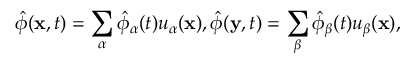
\hat { \phi } ( { \bf x } , t ) = \sum _ { \alpha } \hat { \phi } _ { \alpha } ( t ) u _ { \alpha } ( { \bf x } ) , \hat { \phi } ( { \bf y } , t ) = \sum _ { \beta } \hat { \phi } _ { \beta } ( t ) u _ { \beta } ( { \bf x } ) ,